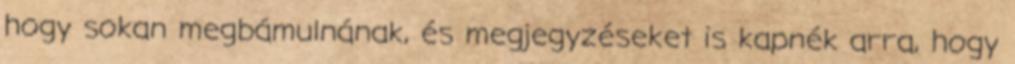
hogy sokan megbámulnának, és megjegyzéseket is kapnék arra, hogy